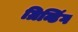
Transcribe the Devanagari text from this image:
ग्रिन्डिंग